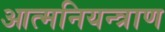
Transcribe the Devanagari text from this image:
आत्मनियन्त्राण